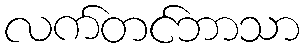
လက်တင်ဘာသာ